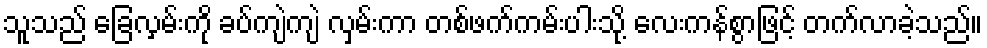
သူသည် ခြေလှမ်းကို ခပ်ကျဲကျဲ လှမ်းကာ တစ်ဖက်ကမ်းပါးသို့ လေးကန်စွာဖြင့် တက်လာခဲ့သည်။